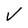
Character: V